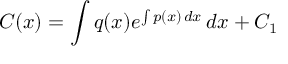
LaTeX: C ( x ) = \int q ( x ) e ^ { \int p ( x ) \, d x } \, d x + C _ { 1 }